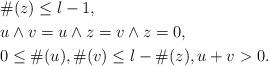
LaTeX: \begin{align*}&\#(z)\le l-1,\\&u\wedge v=u\wedge z=v\wedge z=0,\\&0\le \#(u),\#(v)\le l-\#(z),u+v>0.\end{align*}